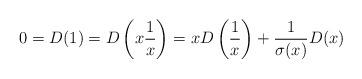
LaTeX: \begin{align*}0 = D(1) = D\left(x \frac 1x\right) = x D\left(\frac 1x\right) + \frac{1}{\sigma(x)} D(x)\end{align*}